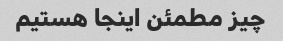
چیز مطمئن اینجا هستیم